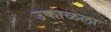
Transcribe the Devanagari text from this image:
उफाळला